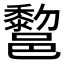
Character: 𰻿